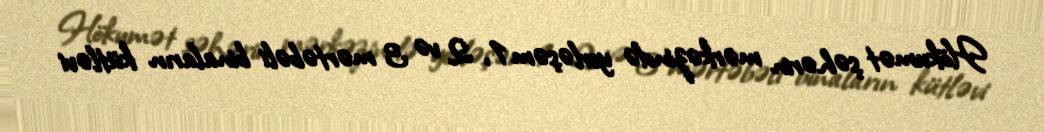
Hökumət şəhərin mərkəzində yerləşəm 1, 2 və 3 mərtəbəli binaların kütləvi